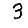
Digit: 3